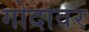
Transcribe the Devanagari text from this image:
गोदावर